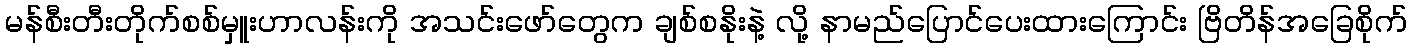
မန်စီးတီးတိုက်စစ်မှူးဟာလန်းကို အသင်းဖော်တွေက ချစ်စနိုးနဲ့ လို့ နာမည်ပြောင်ပေးထားကြောင်း ဗြိတိန်အခြေစိုက်